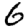
Digit: 6